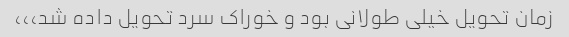
زمان تحویل خیلی طولانی بود و خوراک سرد تحویل داده شد،،،